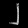
Digit: ၂